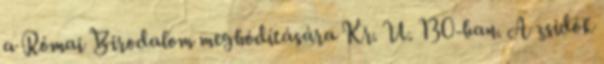
a Római Birodalom meghódítására Kr. U. 130-ban. A zsidók